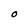
Character: O